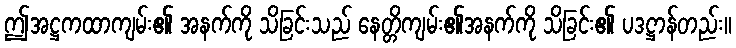
ဤအဋ္ဌကထာကျမ်း၏ အနက်ကို သိခြင်းသည် နေတ္တိကျမ်း၏အနက်ကို သိခြင်း၏ ပဒဋ္ဌာန်တည်း။